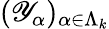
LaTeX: ({\mathscr Y}_{\alpha})_{\alpha\in\Lambda_{k}}